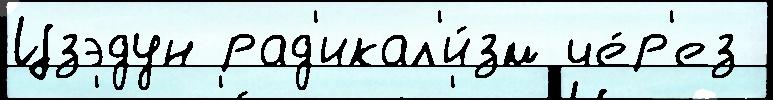
Цзэдун рад'икал'и́зм че́р'ез